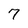
Character: 7